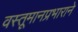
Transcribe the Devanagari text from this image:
वस्तूमानप्रभाराने